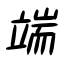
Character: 端